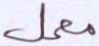
معمل